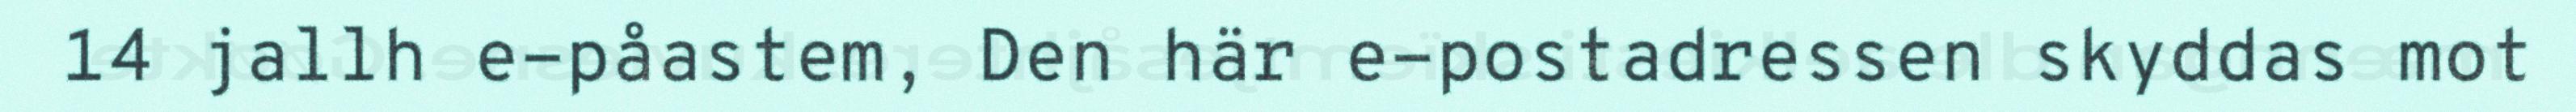
14 jallh e-påastem, Den här e-postadressen skyddas mot